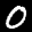
Label: 0